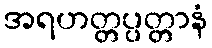
အရဟတ္တပ္ပတ္တာနံ